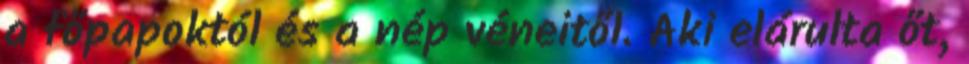
a főpapoktól és a nép véneitől. Aki elárulta őt,